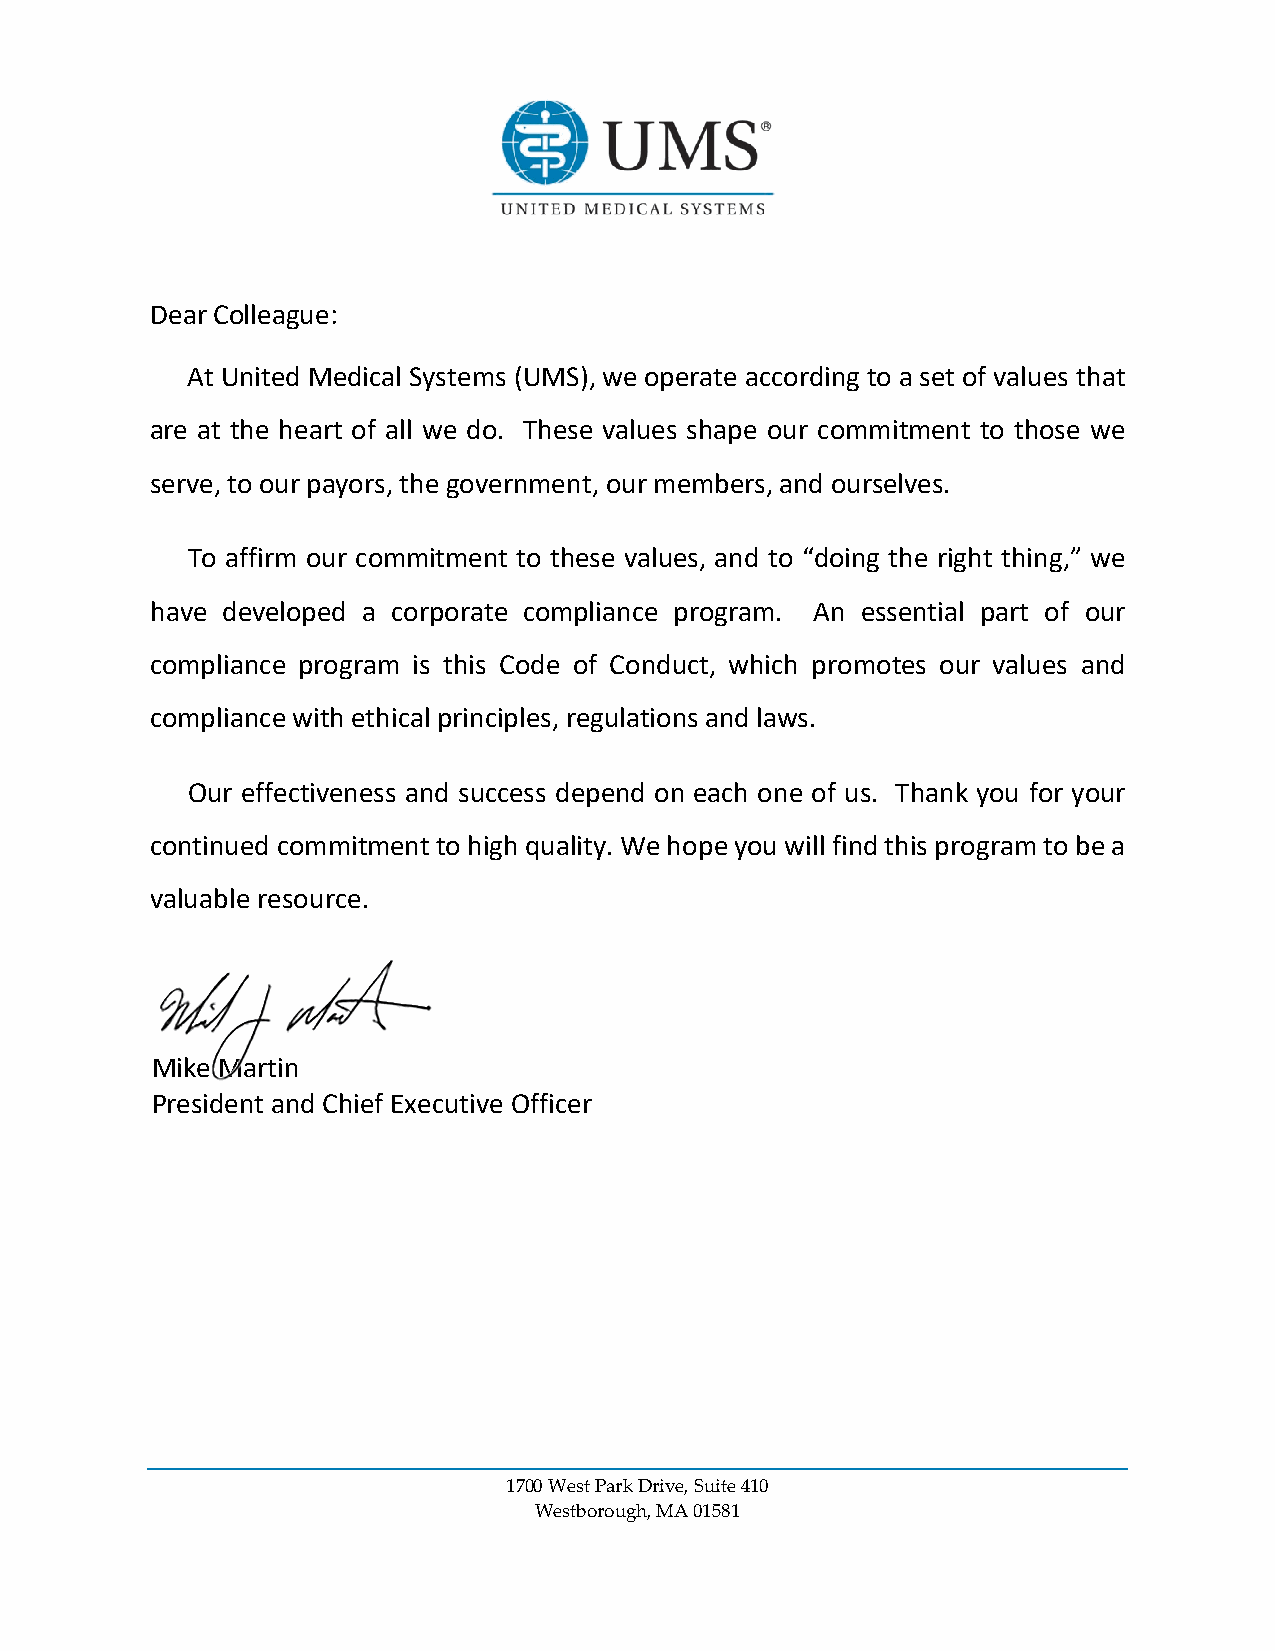
Dear Colleague:
 At  United Medical Systems (UMS), we operate according to a set of values that
 are at the heart of all we do. These values shape our commitment to those we
 serve, to our payors, the government, our members, and ourselves.
 To affirm our commitment to these values, and to “doing the right thing,” we
 have developed a corporate compliance program. An essential part of our
 compliance program is this Code of Conduct, which promotes our values and
 compliance with ethical principles, regulations and laws.
 Our effectiveness and success depend on each one of us. Thank you for your
 continued commitment to high quality. We hope you will find this program to be a
 valuable resource.
 Mike Martin
 President and Chief Executive Officer
 1700 West Park Drive, Suite 410
 Westborough, MA 01581